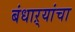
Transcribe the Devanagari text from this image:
बंधाऱ्यांचा